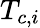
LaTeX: T_{c,i}